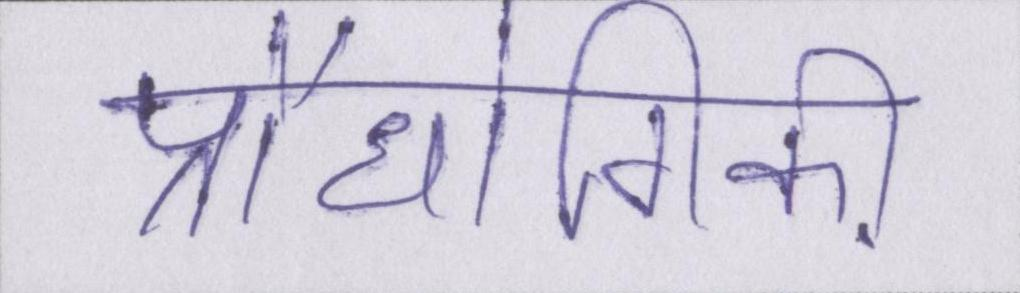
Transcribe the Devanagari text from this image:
प्रौधोगिकी